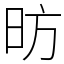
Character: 昉